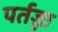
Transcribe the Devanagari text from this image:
पर्तज्जा